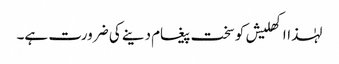
لہٰذااکھلیش کوسخت پیغام دینے کی ضرورت ہے۔